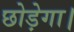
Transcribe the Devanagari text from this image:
छोड़ेगा।